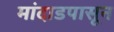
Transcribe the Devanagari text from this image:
मांदाडपासून